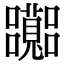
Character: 𡅽